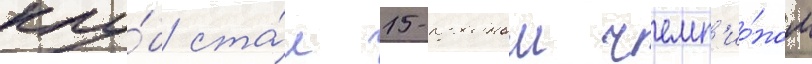
клу́б ста́л 15-кратным чемп'ио́ном